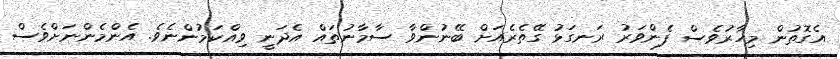
އެގޮތުން މިހާރުވެސް ފެންވަރު ރަނގަޅު ގޭތެރެއަށް ބޭނުންވާ ސާމާނުތައް އެދަނީ ވިއްކަމުންނެވެ. އެންމެންނަށްވެސް